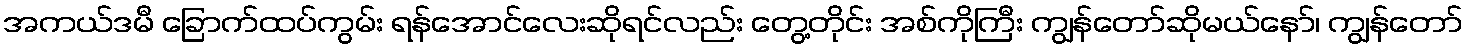
အကယ်ဒမီ ခြောက်ထပ်ကွမ်း ရန်အောင်လေးဆိုရင်လည်း တွေ့တိုင်း အစ်ကိုကြီး ကျွန်တော်ဆိုမယ်နော်၊ ကျွန်တော်